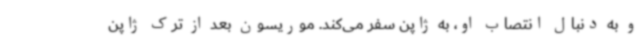
و به دنبال انتصاب او، به ژاپن سفر می‌کند. موریسون بعد از ترک ژاپن